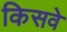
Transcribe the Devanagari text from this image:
किसवे